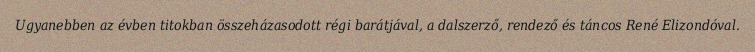
Ugyanebben az évben titokban összeházasodott régi barátjával, a dalszerző, rendező és táncos René Elizondóval.